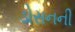
ડોસનની